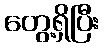
တွေ့ရှိပြီး